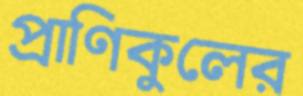
প্রাণিকুলের